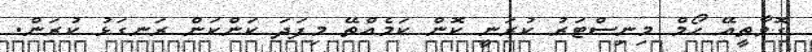
ގޮވާތީއޭ ހޯމް މިނިސްޓަރު ކުރަނީ ކޮން ކަމެއްތޭ މިފަދަ ކަންކަން ރަނގަޅު ކުރަން.